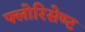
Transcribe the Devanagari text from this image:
फ्लोरिसेण्ट